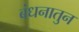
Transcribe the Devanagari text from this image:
बंधनातुन